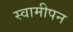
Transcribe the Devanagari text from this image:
स्वामीपन